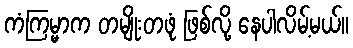
ကံကြမ္မာက တမျိုးတဖုံ ဖြစ်လို့ နေပါလိမ့်မယ်။